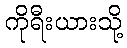
ကိုရီးယားသို့